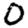
Digit: 0